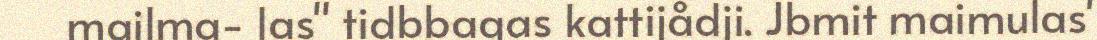
mailma- las" tidbbagas kattijådji. Jbmit maimulas'